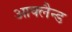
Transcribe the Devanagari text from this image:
आक्लैन्ड